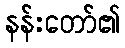
နန်းတော်၏